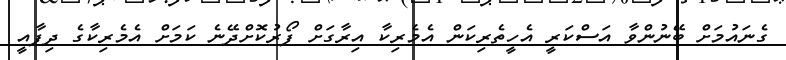
ގެނައުމަށް ބޭނުންވާ އަސްކަރީ އެހީތެރިކަން އެމެރިކާ އިރާގަށް ފޯރުކޮށްދޭނެ ކަމަށް އެމެރިކާގެ ދިފާއީ